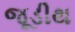
જૂડીથ